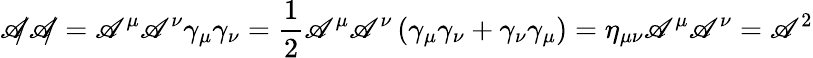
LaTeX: {\mathscr{A}\! \! \! /}{\mathscr{A}\! \! \! /}=\mathscr{A}^{\mu}\mathscr{A}^{\nu}\gamma_{\mu}\gamma_{\nu}={\frac{{1}}{{2}}}\mathscr{A}^{\mu}\mathscr{A}^{\nu}\left(\gamma_{\mu}\gamma_{\nu}+\gamma_{\nu}\gamma_{\mu}\right)=\eta_{\mu\nu}\mathscr{A}^{\mu}\mathscr{A}^{\nu}=\mathscr{A}^{2}